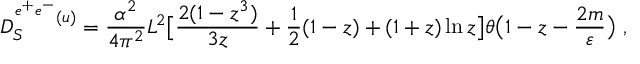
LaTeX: D _ { S } ^ { ^ { e ^ { + } e ^ { - } } ( u ) } = \frac { \alpha ^ { 2 } } { 4 \pi ^ { 2 } } L ^ { 2 } \bigl [ \frac { 2 ( 1 - z ^ { 3 } ) } { 3 z } + \frac { 1 } { 2 } ( 1 - z ) + ( 1 + z ) \ln { z } \bigr ] \theta \bigl ( 1 - z - \frac { 2 m } { \varepsilon } \bigr ) \ ,